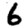
Digit: 6